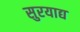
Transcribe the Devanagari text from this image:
सुरयाद्य